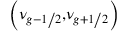
\left( \nu _ { g - { 1 \mathord { \left/ { \vphantom { 1 2 } } \right. \kern - \nulldelimiterspace } 2 } } \mathrm { , } \nu _ { g + { 1 \mathord { \left/ { \vphantom { 1 2 } } \right. \kern - \nulldelimiterspace } 2 } } \right)